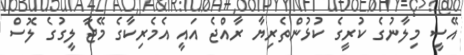
އޭސީ މިލާނުގެ ކުރީގެ ކުޅުންތެރިޔާ ރާއްޖެ އައީ އެމެރިކާގެ މޭޖާ ލީގުގެ ލޮސް